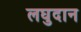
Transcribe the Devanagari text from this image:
लघुदान